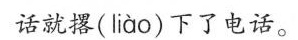
话就撂( liào )下了电话。